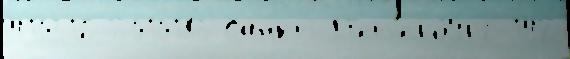
410316 2010183 Санкт-П'ет'ербу́рг 142